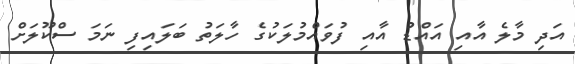
އަދި މާލެ އާއި އައްޑު އާއި ފުވައްމުލަކުގެ ހާލަތު ބަލައިފި ނަމަ ސްކޫލަށް